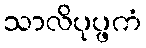
သာလိပုပ္ဖကံ